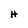
Character: H